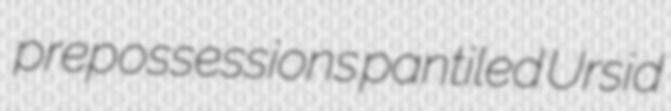
prepossessions pantiled Ursid